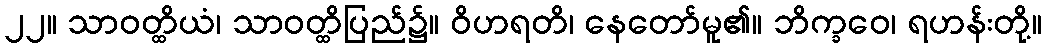
၂၂။ သာဝတ္ထိယံ၊ သာဝတ္ထိပြည်၌။ ဝိဟရတိ၊ နေတော်မူ၏။ ဘိက္ခဝေ၊ ရဟန်းတို့။